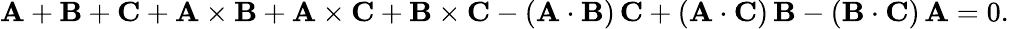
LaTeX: \mathbf{A}+\mathbf{B}+\mathbf{C}+\mathbf{A}\times\mathbf{B}+\mathbf{A}\times\mathbf{C}+\mathbf{B}\times\mathbf{C}-(\mathbf{A}\cdot\mathbf{B})\, \mathbf{C}+(\mathbf{A}\cdot\mathbf{C})\, \mathbf{B}-(\mathbf{B}\cdot\mathbf{C})\, \mathbf{A}=0.